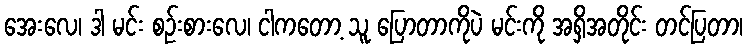
အေးလေ၊ ဒါ မင်း စဉ်းစားလေ၊ ငါကတော့ သူ ပြောတာကိုပဲ မင်းကို အရှိအတိုင်း တင်ပြတာ၊